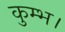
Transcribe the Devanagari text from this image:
कुम्भ।